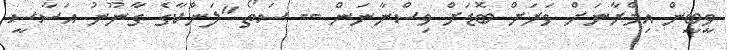
ވީބީން އިމްރާނަށް ވަރަށް ބޮޑަށް ވިސްނާނަން -- ސަތޯ "ލަންކާގެ ގާނޫނު އަސާސީ